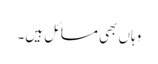
وہاں بھی مسائل ہیں۔